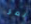
نمر